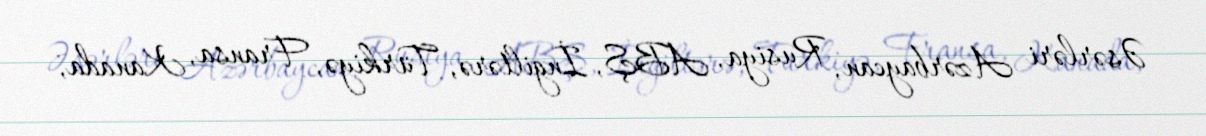
Əsərləri Azərbaycan, Rusiya, ABŞ, İngiltərə, Türkiyə, Fransa, Kanada,